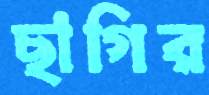
ছাগির